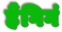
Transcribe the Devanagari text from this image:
हैंगिगं